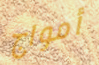
أمواج